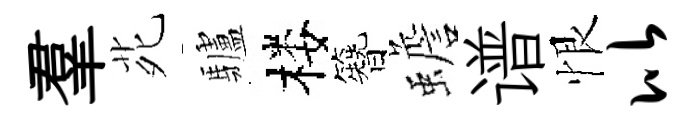
羣𫟍驢楼簪蟾谱恨比